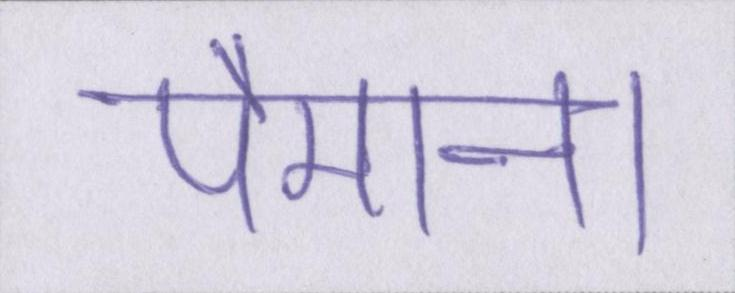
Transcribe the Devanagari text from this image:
पैमाना